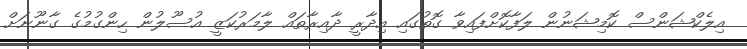
އިލެކްޝަންސް ކޮމިޝަނުން ލަފާކޮށްފައިވާ ގޮތުގައި އިދާރީ ދާއިރާތައް ލާމަރުކަޒީ އުސޫލުން ހިންގުމުގެ ގާނޫނަށް